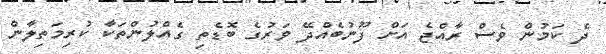
ދެ ކަމުން ވެސް ރާއްޖެ އަށް ފޫނުބެއްދޭ ވަރުގެ ބޮޑެތި ގެއްލުންތަކާ ކުރިމަތިލާން